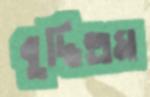
বুদ্ধিভ্রম